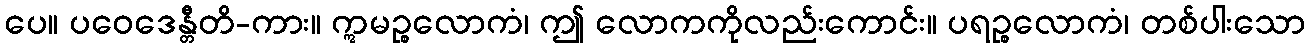
ပေ။ ပဝေဒေန္တီတိ-ကား။ ဣမဉ္စလောကံ၊ ဤ လောကကိုလည်းကောင်း။ ပရဉ္စလောကံ၊ တစ်ပါးသော